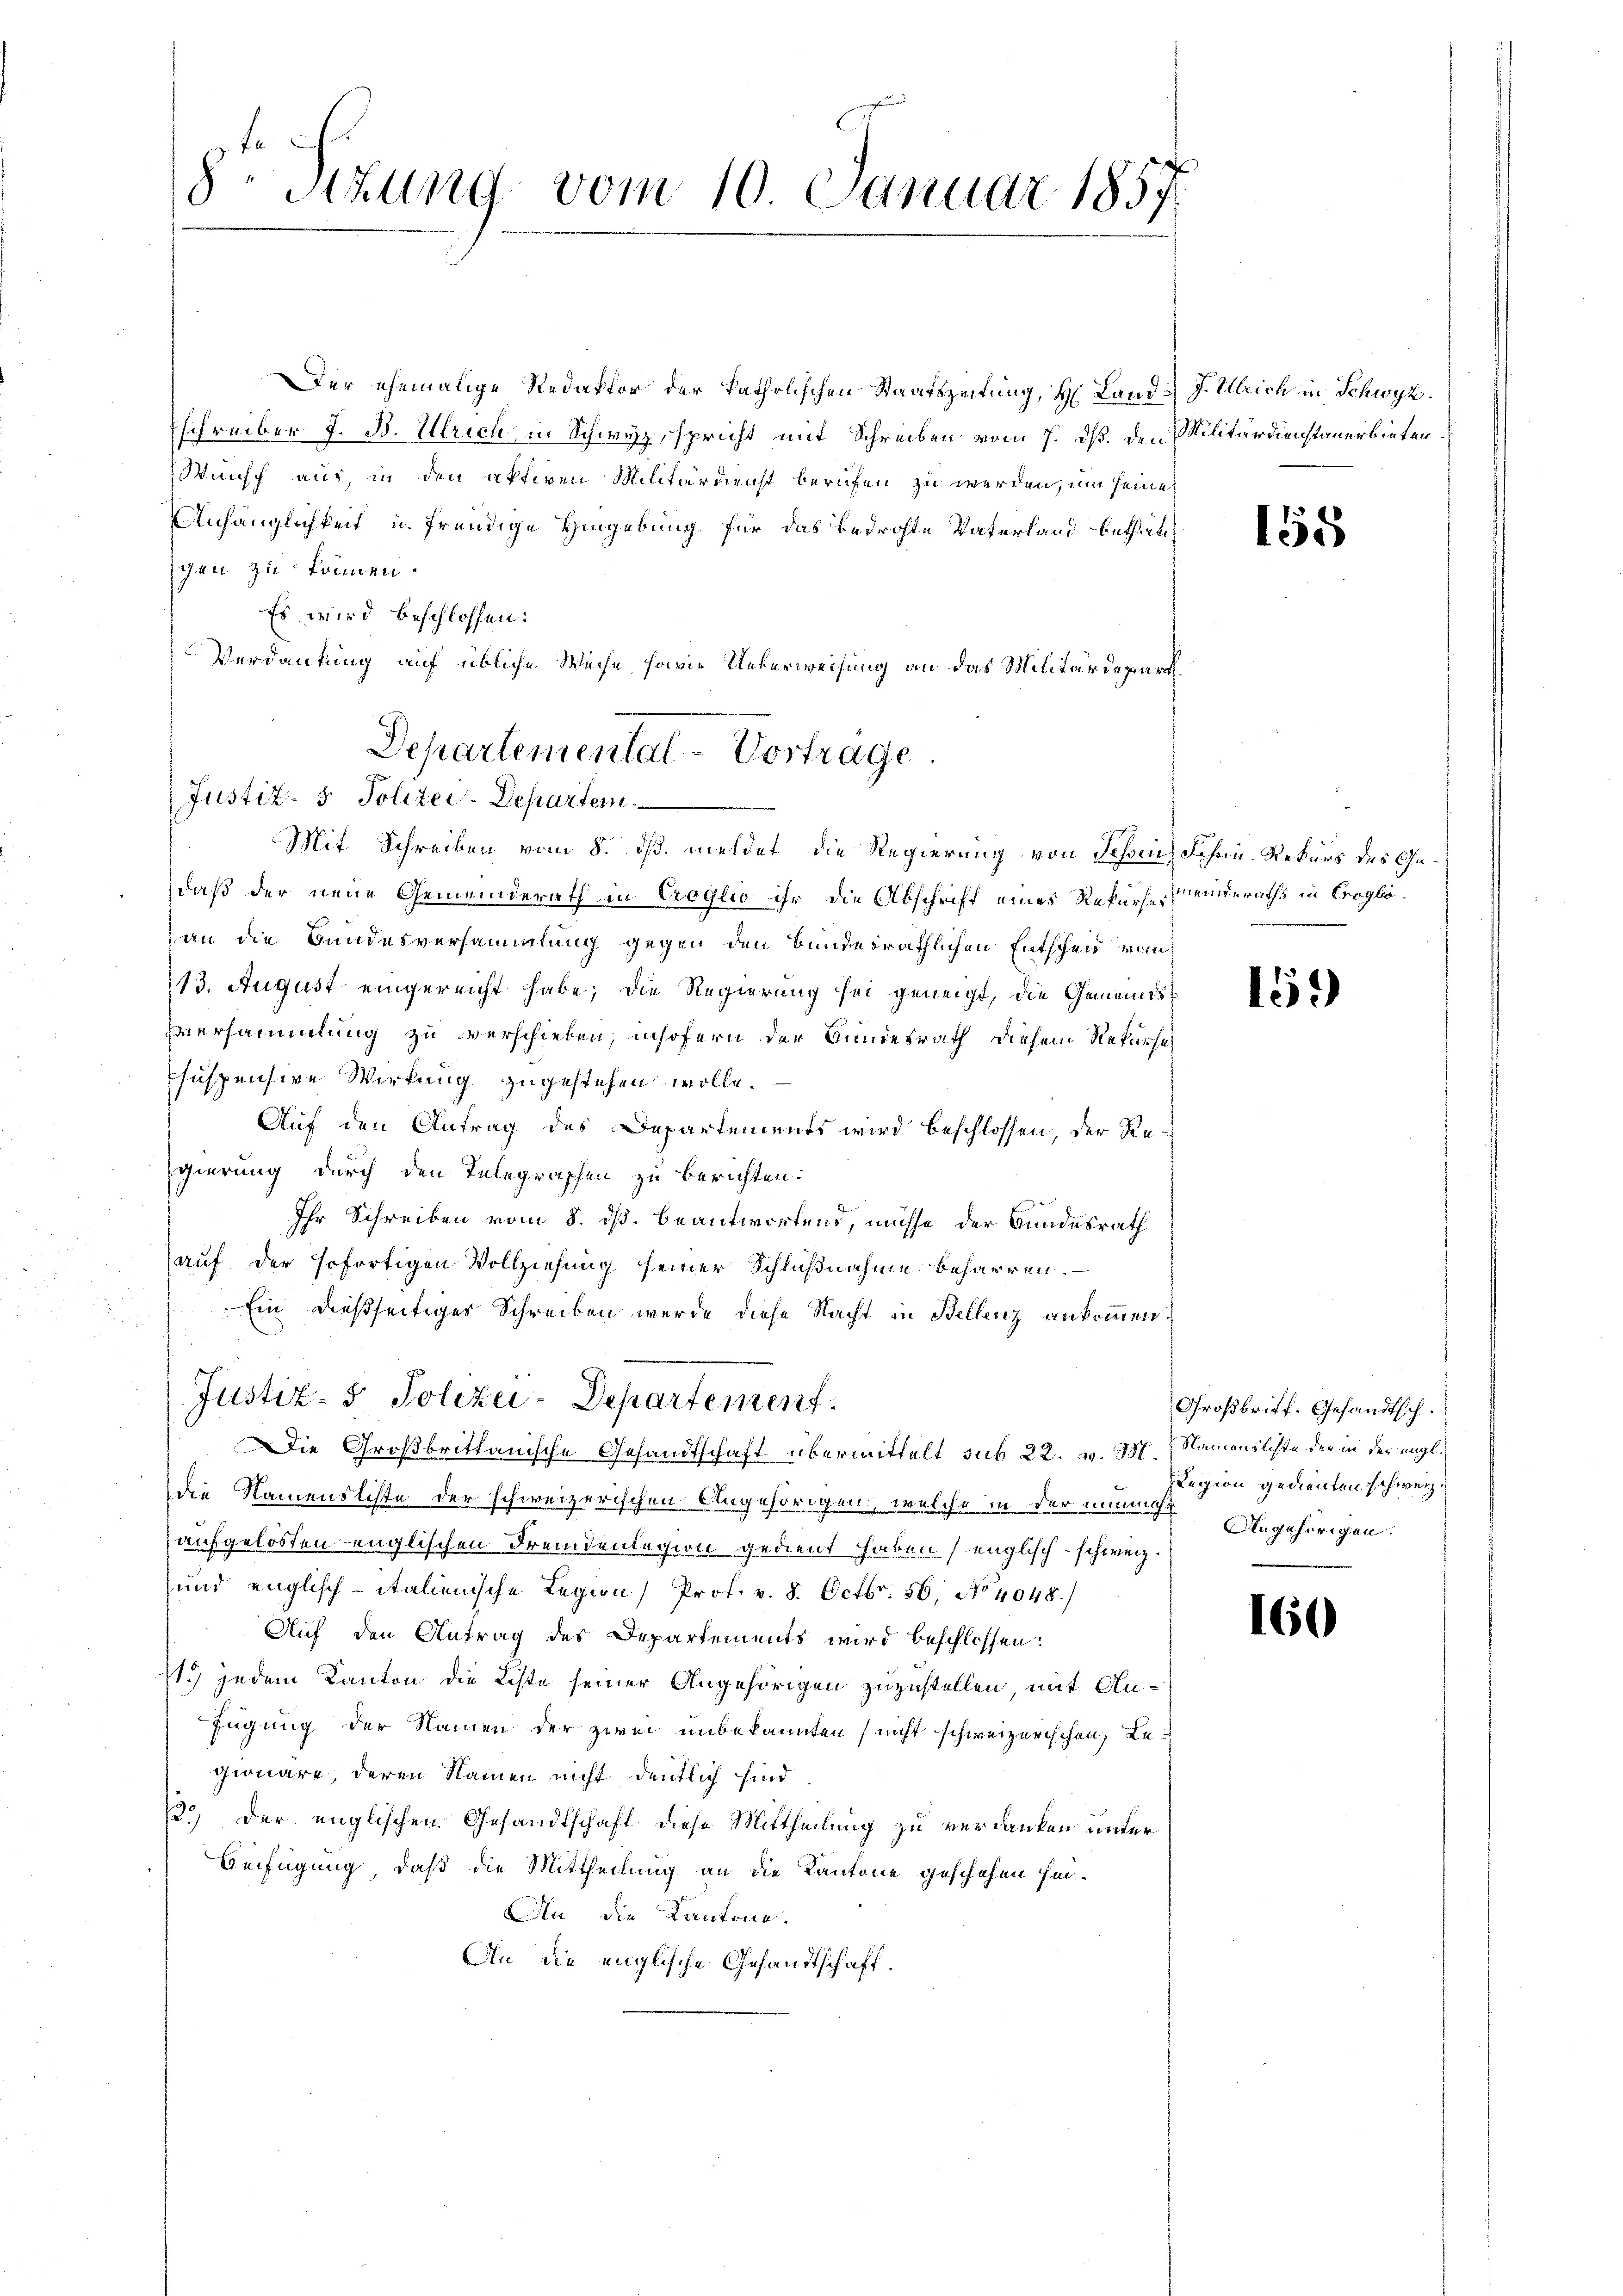
8. Sizung vom 10. Januar 1857

Der ehemalige Redaktor der katholischen Staatszeitung, H. Land & J. Ulrich in Schwyz.
Eschreiber J. B. Ulrich, in Schwyz, spricht mit Schreiben vom 7. ds. den Militärdienstauerbieten
Wunsch auf, in den aktiven Militärdienst berufen zu werden, um seine
Anhänglichkeit u. freudige Hingebung für das bedrohte Vaterland bethätig
gen zu können.
Es wird beschlossen:
Verdankung auf übliche Weise, sowie Ueberweisung an das Militärdepart

Departemental-Vortrage.
Justiz- & Polizei-Departem

Mit Schreiben vom 8. dß. meldet, die Regierung von Jahren Schnu- Rekurs des Gedaß der neue Gemeinderath in Croglio ihr die Abschrift eines Rekursemeinderaths in Croglöan die Bundesversammlung gegen den Bundesräthlichen Entscheid vom
113. August eingereicht habe; die Regierung sei geneigt, die Gemeindsversammlung zu verschieben, insofern der Bundesrath diesem Rekurse
suspensive Wirkung zugestehen wolle.
Auf den Antrag des Departements wird beschlossen, der Regierung durch den Telegraphen zu berichten:
Ihr Schreiben vom 8. ds. beantwortend, müsse der Bundesrath
auf der sofortigen Vollziehung seiner Schlußnahme beharren.
Ein dießseitiger Schreiben werde diese Nacht in Bellenz ankommen.
die Namensliste der schweizerischen Angehörigen, welche in der innen Angehörigen.
aufgelösten englischen Fremdenlegion gedient haben (englisch-schweiz.
und englisch-italienische Legions Prof. v. 8. Octbr. 56, No 4048.)
Auf den Antrag des Departements wird beschlossen:
11o jedem Kanton die Liste seiner Angehörigen zuzustellen, mit Anfügung der Namen der zwei unbekannten (nicht schweizerischen Regionäre, deren Namen nicht deutlich sind
13 der englischen Gesandtschaft diese Mittheilung zu verdanken unter
Beifügung, daß die Mittheilung an die Kantone geschehen hin-
Ain die Kantone.
An die englische Gesandtschaft.

Justiz- & Polizei-Departement.
Die Großbrittanische Gesandtschaft übermittelt sub 22. v. 3. Namenslichte der in der engl.

158

159

Großbriff. Gesandtsch.
Legion gedienten schweiz.

160